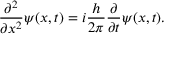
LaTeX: { \frac { \partial ^ { 2 } } { \partial x ^ { 2 } } } \psi ( x , t ) = i { \frac { h } { 2 \pi } } { \frac { \partial } { \partial t } } \psi ( x , t ) .